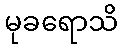
မုခရောသိ